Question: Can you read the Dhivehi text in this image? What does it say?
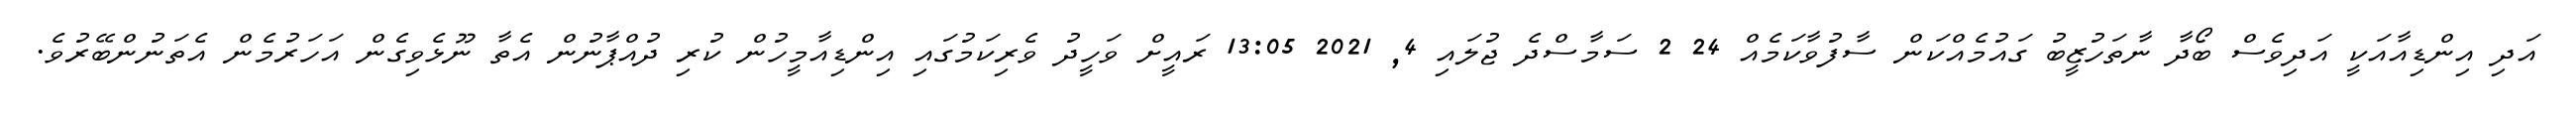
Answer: އަދި އިންޑިއާއަކީ އަދިވެސް ބޯދާ ނާތަހުޒީބު ގައުމެއްކަން ސާފުވާކަމެއް 24 2 ސަމާސްދެ ޖުލައި 4, 2021 13:05 ރައީށް ވަހީދު ވެރިކަމުގައި އިންޑިއާމީހުން ކުރި ދުއްޕާނުން އެތާ ނޫޅެވިގެން އަހަރުމެން އެތަނުންބޭރުވެ.